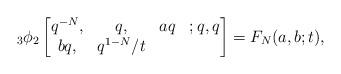
LaTeX: \begin{align*}{}_3\phi_2\begin{bmatrix}q^{-N},&q,& aq& ;q,q\\bq,&q^{1-N}/t\end{bmatrix}=F_N(a,b;t),\end{align*}